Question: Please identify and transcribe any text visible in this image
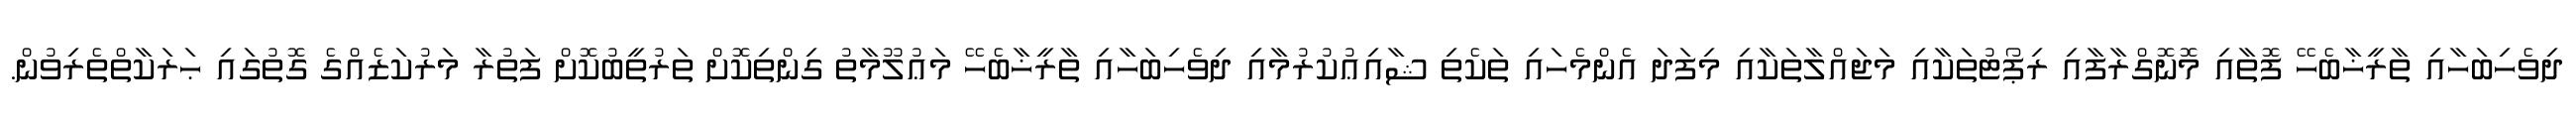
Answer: ދިވެހިބަހާއި ތާރީޚާބެހޭ ފޮތާއި މޮނޮގްރާފާއި ރިޕޯޓުތަކާއި މަޖައްލާތަކާއި މިފަދަ އެންމެހައި ތަކެތި ޝާއިޢުކުރުމާއި ދިވެހިބަހާއި ތާރީޚާބެހޭ މަޢުލޫމާތު ގިންތިކޮށް ތަރުތީބުކޮށް ފަތުރާ މަރުކަޒެއްގެ ގޮތުގައި ޙަރަކާތްތެރިވުން.